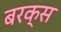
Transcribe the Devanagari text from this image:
बरक्‍स